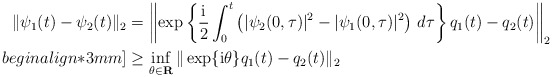
\begin{align*}\| \psi_{1}(t)-\psi_{2}(t)\|_{2}&=\left\| \exp \left\{ \frac{{\rm i}}{2} \int^{t}_{0}\big( \lvert \psi_{2}(0,\tau )\rvert ^{2}-\lvert \psi_{1}(0,\tau )\rvert^{2}\big) \ d\tau \right\} q_{1}(t)-q_{2}(t) \right\|_{2} \\begin{align*}3mm]& \geq\inf_{\theta\in \mathbf{R}}\|\exp\{ {\rm i}\theta \}q_{1}(t)-q_{2}(t)\|_{2}\end{align*}